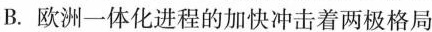
B.欧洲一体化进程的加快冲击着两极格局